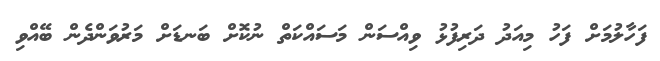
ފަހާލުމަށް ފަހު މިއަދު ދަރިފުޅު ވިއްސަން މަސައްކަތް ނުކޮށް ބަނޑަށް މަރުވަންދެން ބޭއްވި